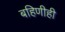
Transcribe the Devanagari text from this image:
बहिणीही